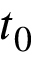
t _ { 0 }